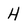
Character: H